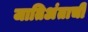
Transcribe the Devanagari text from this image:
जातिअंताची